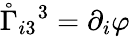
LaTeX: \mathring{\Gamma}_{i3}{}^{3}=\partial_{i}\varphi